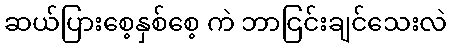
ဆယ်ပြားစေ့နှစ်စေ့ ကဲ ဘာငြင်းချင်သေးလဲ